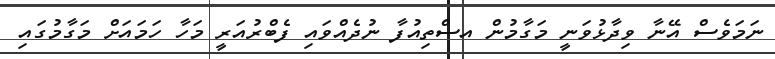
ނަމަވެސް އޭނާ ވިދާޅުވަނީ މަގާމުން އސްތިއުފާ ނުދެއްވައި ފެބްރުއަރީ މަހާ ހަމައަށް މަގާމުގައި